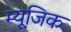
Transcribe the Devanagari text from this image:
म्यूजि़क